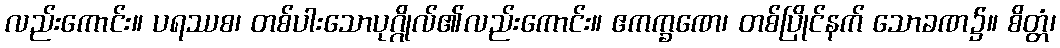
လည်းကောင်း။ ပရဿစ၊ တစ်ပါးသောပုဂ္ဂိုလ်၏လည်းကောင်း။ ဧကက္ခဏေ၊ တစ်ပြိုင်နက် သောခဏ၌။ စိတ္တံ၊